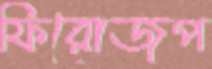
ফিরোজপ